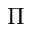
\Pi